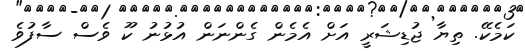
ކަމެކޭ. ތިޔާ ޖުޑިޝަރީ އަށް އެމެން ގެންނަން އުޅުނު ކޫ ވެސް ސާފުވެ